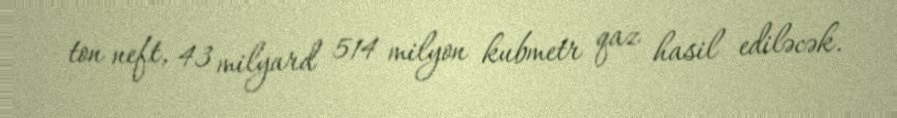
ton neft, 43 milyard 514 milyon kubmetr qaz hasil ediləcək.